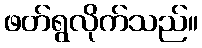
ဖတ်ရွလိုက်သည်။